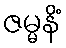
ဇမ္မနိံ